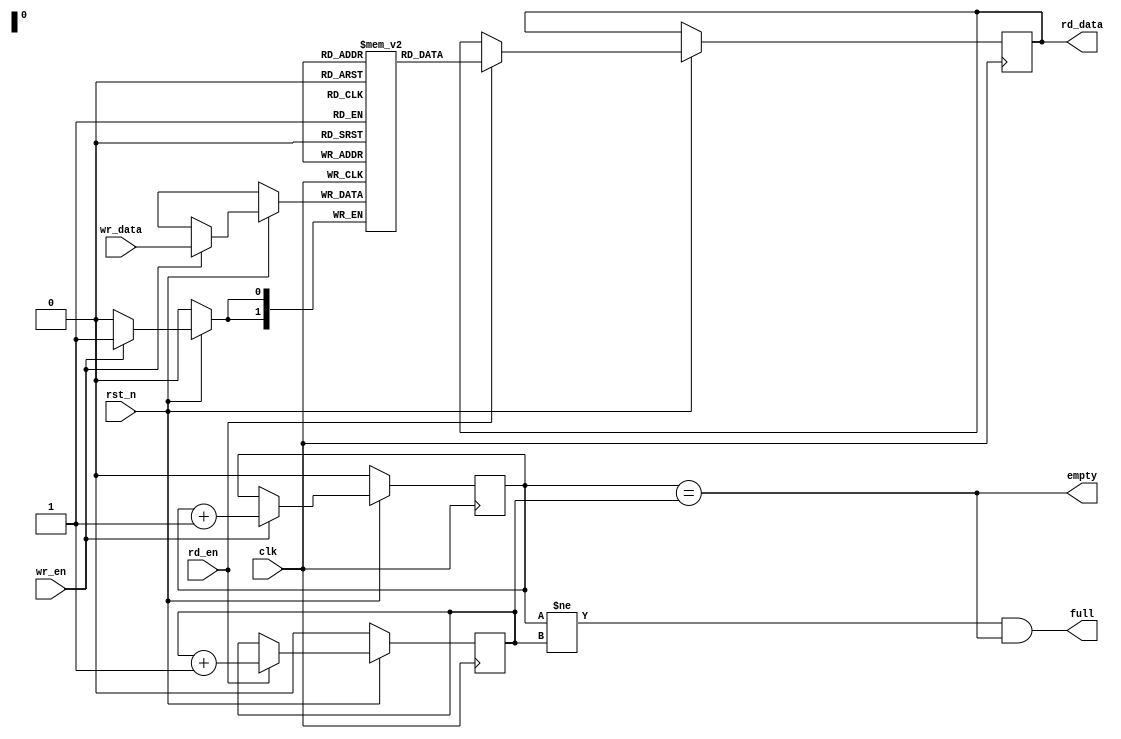
module fifo #(parameter N = 0, ADDR = 0)(
	input clk,
	input rst_n,
	input [N-1:0] wr_data,
	input wr_en,
	input rd_en,

	output reg [N-1:0] rd_data,
	output empty,
	output full
);

	reg [N-1:0] fifo [0:2**(ADDR)-1];
	reg [ADDR:0] wr_pntr;
	reg [ADDR:0] rd_pntr;

	always@(posedge clk) begin
		if(~rst_n) begin
			wr_pntr <= 0;
			rd_pntr <= 0;
		end else begin
			if(wr_en) begin
				fifo[wr_pntr[ADDR-1:0]] <= wr_data;
				wr_pntr <= wr_pntr + 1;
			end

			if(rd_en) begin
				rd_data <= fifo[rd_pntr[ADDR-1:0]];
				rd_pntr <= rd_pntr + 1;
			end
		end
	end

	assign empty = (wr_pntr == rd_pntr);
	assign full = (wr_pntr[ADDR] != rd_pntr[ADDR]) && (wr_pntr[ADDR-1:0] == rd_pntr[ADDR-1:0]);

endmodule